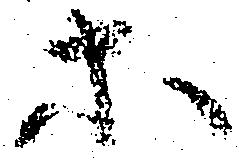
等